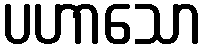
ပဟာသော